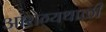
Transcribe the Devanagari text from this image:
आरोग्यथाळी